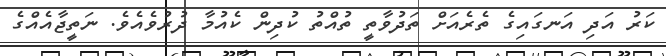
ކަރު އަދި އަނގައިގެ ތެރެއަށް ތަދުވާތީ ތުއްތު ކުދިން ކެއުމާ ދުރުވެއެވެ. ނަތީޖާއެއްގެ